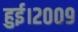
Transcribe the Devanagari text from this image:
हुई।२००९